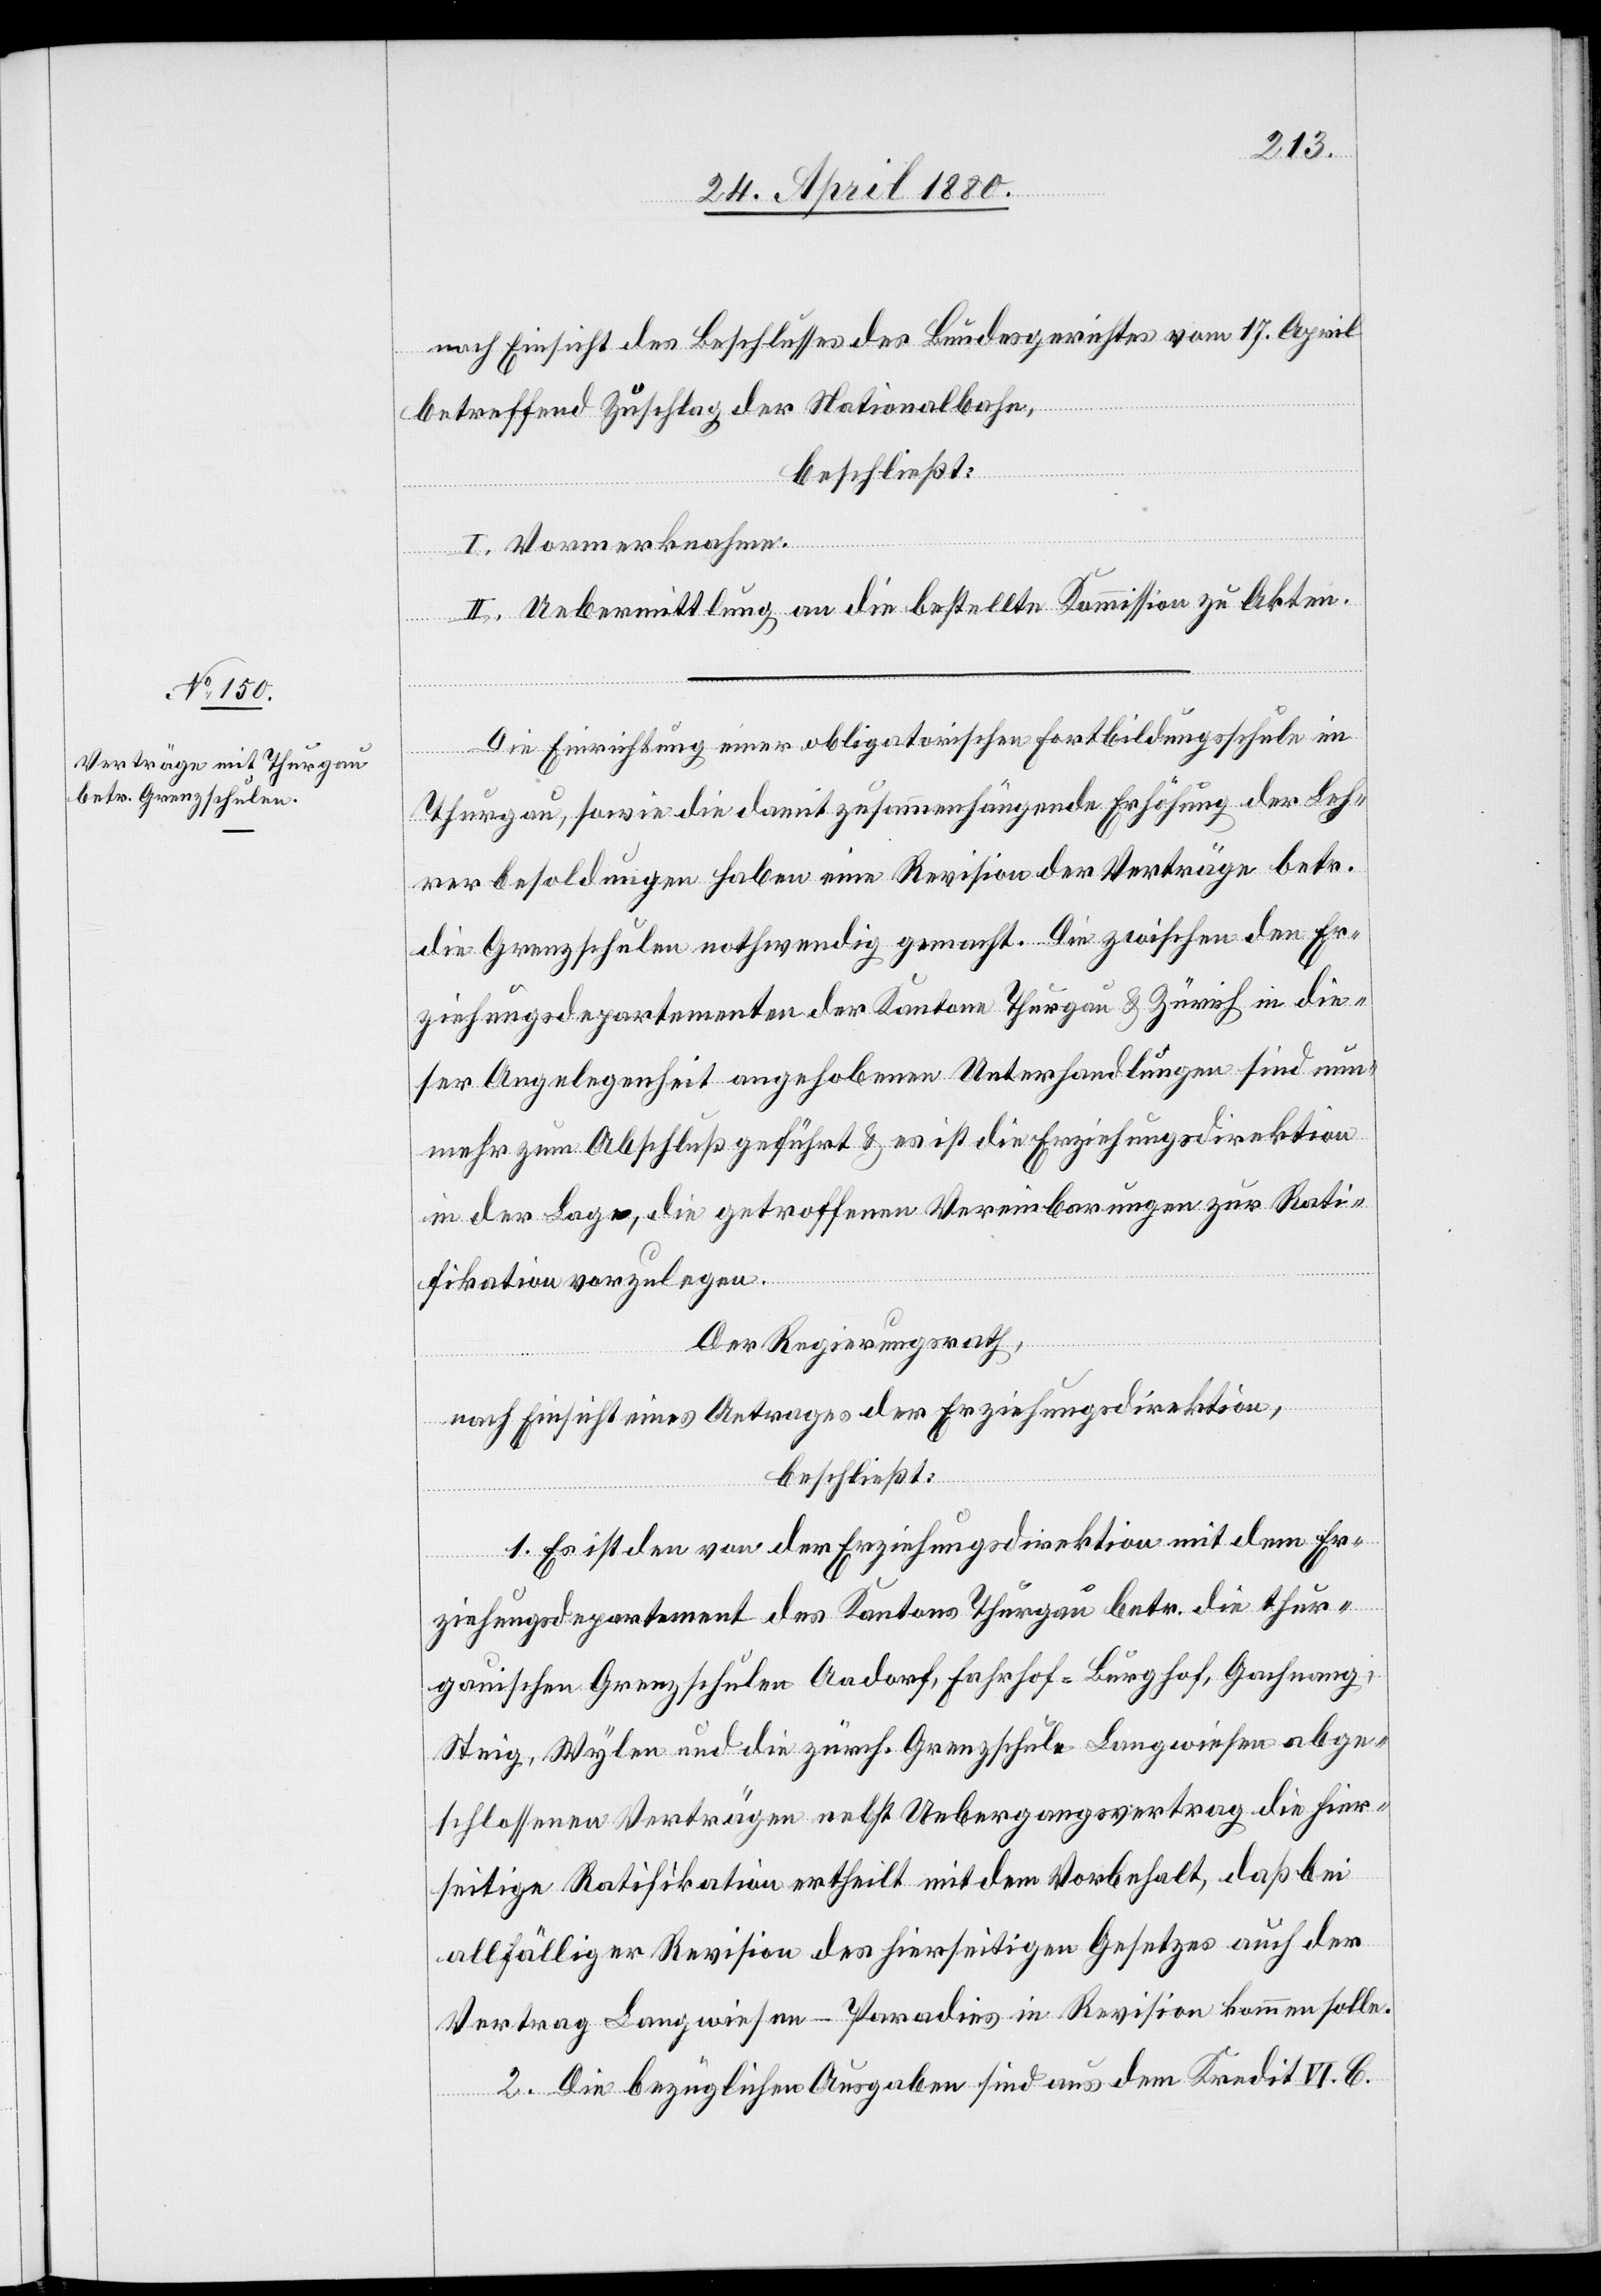
nach Einsicht eines Beschlusses des Bundesgerichtes vom 17. April
betreffend Zuschlag der Nationalbahn,
beschließt:
I. Vormerknahme.
II. Uebermittlung an die bestellte Kommission zu Akten.
Die Einrichtung einer obligatorischen Fortbildungsschule im
Thurgau, sowie die damit zusammenhängende Erhöhung der Leh¬
rerbesoldungen haben eine Revision der Verträge betr.
die Grenzschulen nothwendig gemacht. Die zwischen den Er¬
ziehungsdepartementen der Kantone Thurgau & Zürich in die¬
ser Angelegenheit angehobenen Unterhandlungen sind nun¬
mehr zum Abschluß geführt & es ist die Erziehungsdirektion
in der Lage, die getroffenen Vereinbarungen zur Rati¬
fikation vorzulegen.
Der Regierungsrath,
nach Einsicht eines Antrages der Erziehungsdirektion,
beschließt:
1. Es ist den von der Erziehungsdirektion mit dem Er¬
ziehungsdepartement des Kantons Thurgau betr. die thur¬
gauischen Grenzschulen Aadorf, Fahrhof-Burghof, Gachnang,
Steig, Wylen und die zürch. Grenzschule Langwiesen abge¬
schlossenen Verträgen nebst Uebergangsvertrag die hier¬
seitige Ratifikation ertheilt mit dem Vorbehalt, daß bei
allfälliger Revision des hierseitigen Gesetzes auch der
Vertrag Langwiesen-Paradies in Revision kommen solle.
2. Die bezüglichen Ausgaben sind aus dem Kredit VI. C.